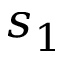
s _ { 1 }